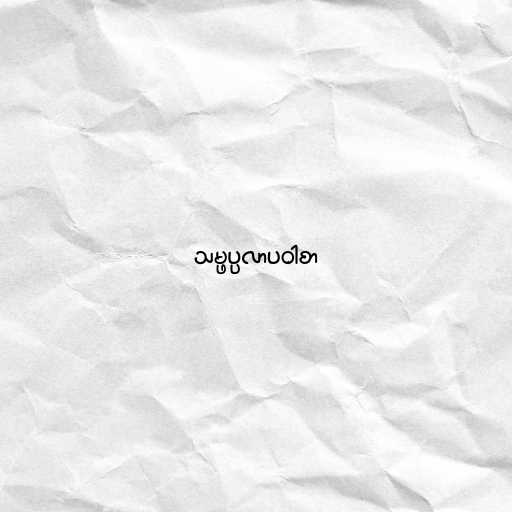
သမ္ဖပ္ပလာပဝါစာ